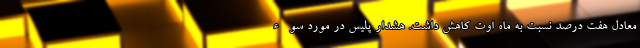
معادل هفت درصد نسبت به ماه اوت کاهش داشت. هشدار پلیس در مورد سوء